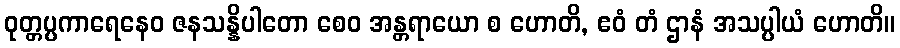
ဝုတ္တပ္ပကာရေနေဝ ဇနသန္နိပါတော စေဝ အန္တရာယော စ ဟောတိ, ဧဝံ တံ ဌာနံ အသပ္ပါယံ ဟောတိ။